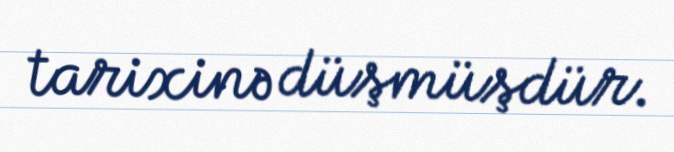
tarixinə düşmüşdür.